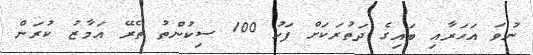
ނުވަ އަހަރާއި ބައިގެ ދަތުރަކަށް ފަހު 100 ސިކުންތު ތެރޭ އަމާޒު ކުރަން